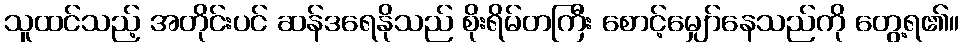
သူထင်သည့် အတိုင်းပင် ဆန်ဒရေနိုသည် စိုးရိမ်တကြီး စောင့်မျှော်နေသည်ကို တွေ့ရ၏။